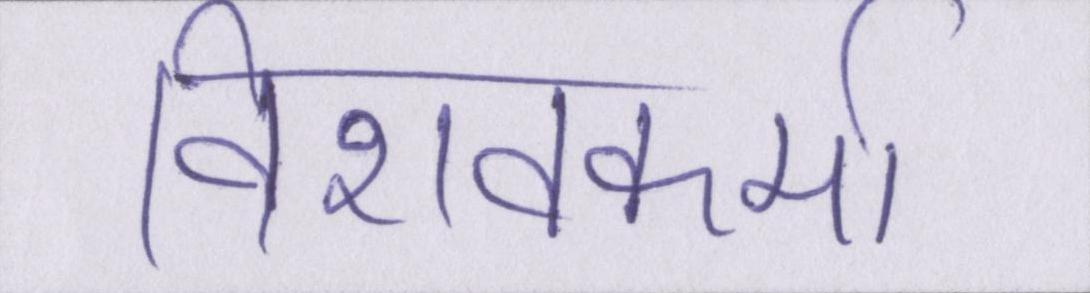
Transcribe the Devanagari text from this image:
विशवकर्मा